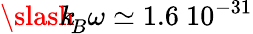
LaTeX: {\slash\! \! \! k}_{\! {B}}\omega\simeq 1.6\ 10^{-31}